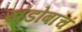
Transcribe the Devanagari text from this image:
खंडोबाचं